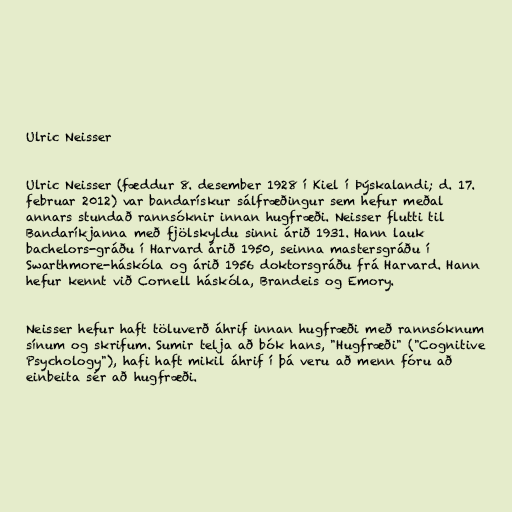
Ulric Neisser

Ulric Neisser (fæddur 8. desember 1928 í Kiel í Þýskalandi; d. 17.
februar 2012) var bandarískur sálfræðingur sem hefur meðal
annars stundað rannsóknir innan hugfræði. Neisser flutti til
Bandaríkjanna með fjölskyldu sinni árið 1931. Hann lauk
bachelors-gráðu í Harvard árið 1950, seinna mastersgráðu í
Swarthmore-háskóla og árið 1956 doktorsgráðu frá Harvard. Hann
hefur kennt við Cornell háskóla, Brandeis og Emory.

Neisser hefur haft töluverð áhrif innan hugfræði með rannsóknum
sínum og skrifum. Sumir telja að bók hans, "Hugfræði" ("Cognitive
Psychology"), hafi haft mikil áhrif í þá veru að menn fóru að
einbeita sér að hugfræði.